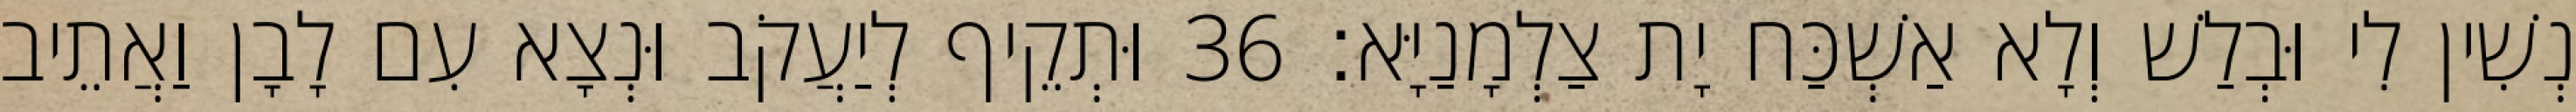
נְשִׁין לִי וּבְלַשׁ וְלָא אַשְׁכַּח יָת צַלְמָנַיָּא׃ 36 וּתְקֵיף לְיַעֲקֹב וּנְצָא עִם לָבָן וַאֲתֵיב